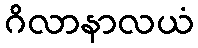
ဂိလာနာလယံ